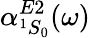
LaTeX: \alpha_{^1S_{0}}^{E2}(\omega)